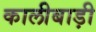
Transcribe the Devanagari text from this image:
कालीबाड़ी